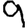
Digit: 9